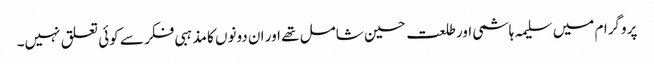
پروگرام میں سلیمہ ہاشمی اور طلعت حسین شامل تھے اور ان دونوں کا مذہبی فکر سے کوئی تعلق نہیں۔